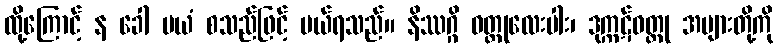
ထို့ကြောင့် န ခေါ မယံ စသည်ဖြင့် ပယ်ရသည်။ နိဿဂ္ဂိ ဝတ္ထုလေးပါး၊ ဒုက္ကဋ်ဝတ္ထု အများတို့ကို